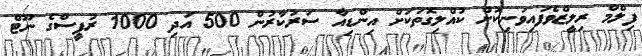
ފިލްމް ރިލީޒްވެފައިވަނިކޮށް ކުއްލިގޮތަކަށް އިންޑިއާ ސަރުކާރުން 500 އަދި 1000 ރުޕީސްގެ ނޫޓް